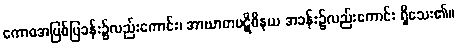
ကောဓအပြစ်ပြခန်း၌လည်းကောင်း၊ အာဃာတပဋိဝိနယ အခန်း၌လည်းကောင်း ရှိသေး၏။